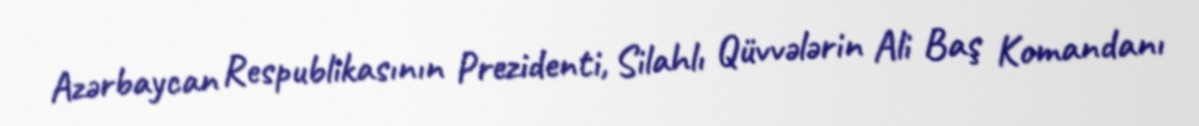
Azərbaycan Respublikasının Prezidenti, Silahlı Qüvvələrin Ali Baş Komandanı